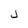
Character: J